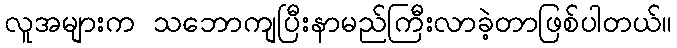
လူအများက သဘောကျပြီးနာမည်ကြီးလာခဲ့တာဖြစ်ပါတယ်။